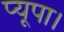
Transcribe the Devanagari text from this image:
प्यूपा।